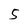
Character: 5